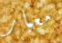
معيار